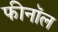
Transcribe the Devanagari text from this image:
फीनॉल